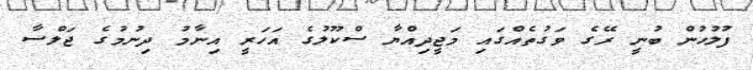
ފުލުހުން ބުނީ ރޭގެ ވަގުތެއްގައި މަޖީދިއްޔާ ސްކޫލުގެ އަހަރީ އިނާމު ދިނުމުގެ ޖަލްސާ